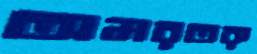
অমরতরু